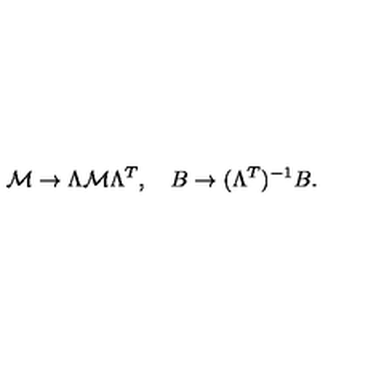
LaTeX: \mathcal { M } \rightarrow \Lambda \mathcal { M } \Lambda ^ { T } , \quad B \rightarrow ( \Lambda ^ { T } ) ^ { - 1 } B .